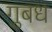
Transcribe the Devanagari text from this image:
गुबध